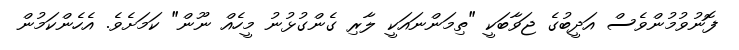
ފޮނުވުމުންވެސް އަދީބުގެ ޖަވާބަކީ "ތިމަންނައަކީ ލާރި ގެންގުޅުނު މީހެއް ނޫން" ކަމަށެވެ. އެހެންކަމުން